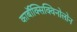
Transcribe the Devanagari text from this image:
कार्बॉक्सिक्विनोलोन